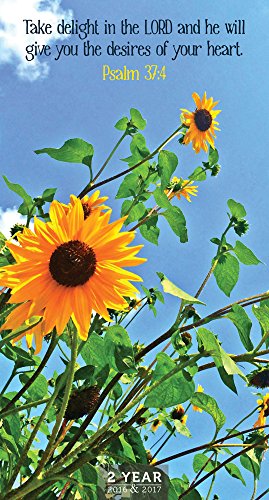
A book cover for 2016-2017 Psalms 2 Year Pocket Calendar; TF Publishing; Calendars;